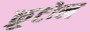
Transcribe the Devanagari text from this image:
क्रूटोन